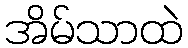
အိမ်သာထဲ